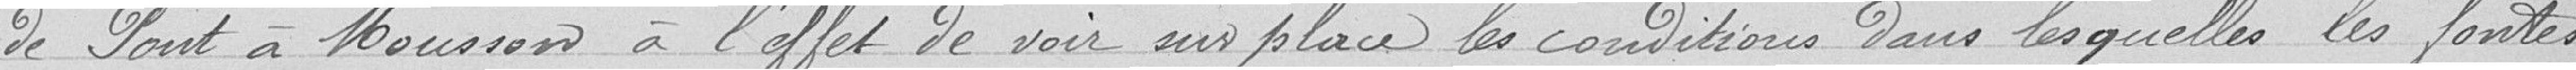
de Pont à Mousson à l'effet de voir sur place les conditions dans lesquelles les fontes